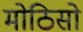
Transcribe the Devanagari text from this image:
मोठिसो